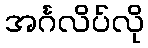
အင်္ဂလိပ်လို